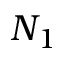
N _ { 1 }